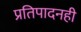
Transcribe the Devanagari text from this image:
प्रतिपादनही